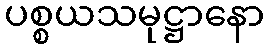
ပစ္စယသမုဋ္ဌာနော